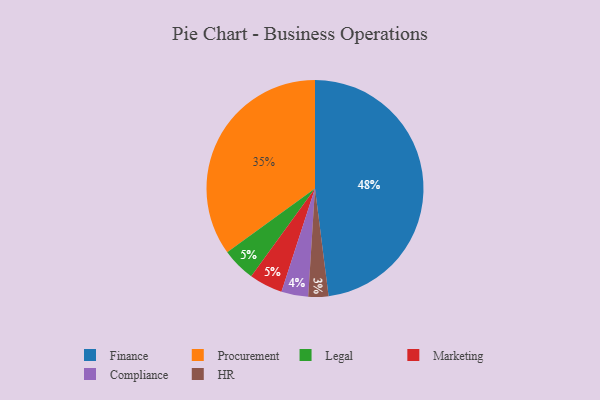
{"axis": {"x": "Category", "y": "Percentage"}, "legend": ["Compliance", "Finance", "HR", "Legal", "Marketing", "Procurement"], "data": [{"x": "Legal", "y": 5, "type": "Legal"}, {"x": "Procurement", "y": 35, "type": "Procurement"}, {"x": "Compliance", "y": 4, "type": "Compliance"}, {"x": "Finance", "y": 48, "type": "Finance"}, {"x": "HR", "y": 3, "type": "HR"}, {"x": "Marketing", "y": 5, "type": "Marketing"}]}